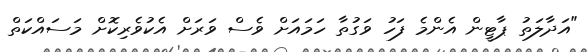
"އަދާލަތު ޕާޓީން އެންމެ ފަހު ވަގުތާ ހަމައަށް ވެސް ވަރަށް އެކުވެރިކޮށް މަސައްކަތް